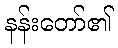
နန်းတော်၏